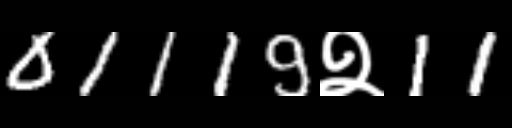
Text: 01119२11